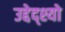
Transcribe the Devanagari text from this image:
उद्देद्श्यो